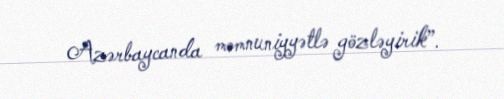
Azərbaycanda məmnuniyyətlə gözləyirik”.